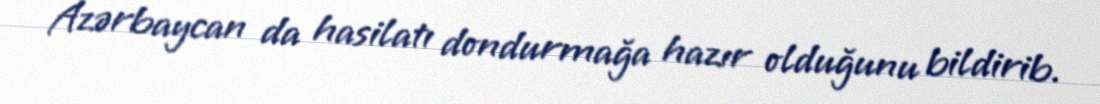
Azərbaycan da hasilatı dondurmağa hazır olduğunu bildirib.